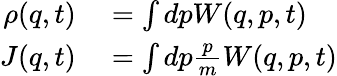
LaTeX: \begin{array}{rl}{\rho(q,t)}&{{}=\int dpW(q,p,t)}\\ {J(q,t)}&{{}=\int dp\frac{p}{m}W(q,p,t)}\end{array}